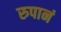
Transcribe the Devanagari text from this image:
रुपानं